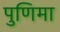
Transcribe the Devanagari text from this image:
पुणिमा